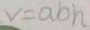
v = a b h